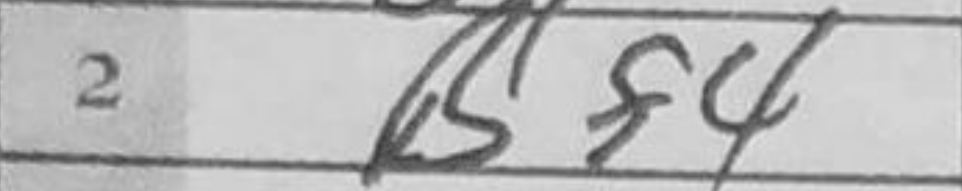
Transcription: Bf4